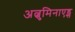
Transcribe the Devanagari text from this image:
अल्बुमिनाएड्स